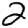
Digit: 2